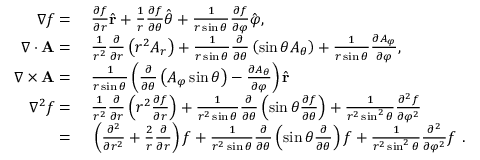
\begin{array} { r l } { \nabla f = { } } & { { } { \frac { \partial f } { \partial r } } { \hat { \mathbf { r } } } + { \frac { 1 } { r } } { \frac { \partial f } { \partial \theta } } { \hat { \boldsymbol { \theta } } } + { \frac { 1 } { r \sin \theta } } { \frac { \partial f } { \partial \varphi } } { \hat { \boldsymbol { \varphi } } } , } \\ { \nabla \cdot \mathbf { A } = { } } & { { } { \frac { 1 } { r ^ { 2 } } } { \frac { \partial } { \partial r } } \left( r ^ { 2 } A _ { r } \right) + { \frac { 1 } { r \sin \theta } } { \frac { \partial } { \partial \theta } } \left( \sin \theta A _ { \theta } \right) + { \frac { 1 } { r \sin \theta } } { \frac { \partial A _ { \varphi } } { \partial \varphi } } , } \\ { \nabla \times \mathbf { A } = { } } & { { } { \frac { 1 } { r \sin \theta } } \left( { \frac { \partial } { \partial \theta } } \left( A _ { \varphi } \sin \theta \right) - { \frac { \partial A _ { \theta } } { \partial \varphi } } \right) { \hat { \mathbf { r } } } } \\ { \nabla ^ { 2 } f = { } } & { { } { \frac { 1 } { r ^ { 2 } } } { \frac { \partial } { \partial r } } \left( r ^ { 2 } { \frac { \partial f } { \partial r } } \right) + { \frac { 1 } { r ^ { 2 } \sin \theta } } { \frac { \partial } { \partial \theta } } \left( \sin \theta { \frac { \partial f } { \partial \theta } } \right) + { \frac { 1 } { r ^ { 2 } \sin ^ { 2 } \theta } } { \frac { \partial ^ { 2 } f } { \partial \varphi ^ { 2 } } } } \\ { = { } } & { { } \left( { \frac { \partial ^ { 2 } } { \partial r ^ { 2 } } } + { \frac { 2 } { r } } { \frac { \partial } { \partial r } } \right) f + { \frac { 1 } { r ^ { 2 } \sin \theta } } { \frac { \partial } { \partial \theta } } \left( \sin \theta { \frac { \partial } { \partial \theta } } \right) f + { \frac { 1 } { r ^ { 2 } \sin ^ { 2 } \theta } } { \frac { \partial ^ { 2 } } { \partial \varphi ^ { 2 } } } f ~ . } \end{array}